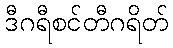
ဒီဂရီစင်တီဂရိတ်